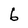
Character: 6